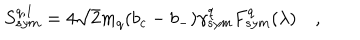
LaTeX: S _ { s y m } ^ { q , 1 } = 4 \sqrt { 2 } m _ { q } ( b _ { c } - b _ { - } ) \gamma _ { s y m } ^ { q } F _ { s y m } ^ { q } ( \lambda ) \quad ,